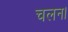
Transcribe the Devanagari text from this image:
चलन।